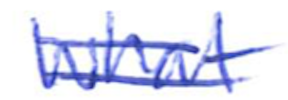
Text: What
Cross-out: double-line
Writing tool: ballpoint